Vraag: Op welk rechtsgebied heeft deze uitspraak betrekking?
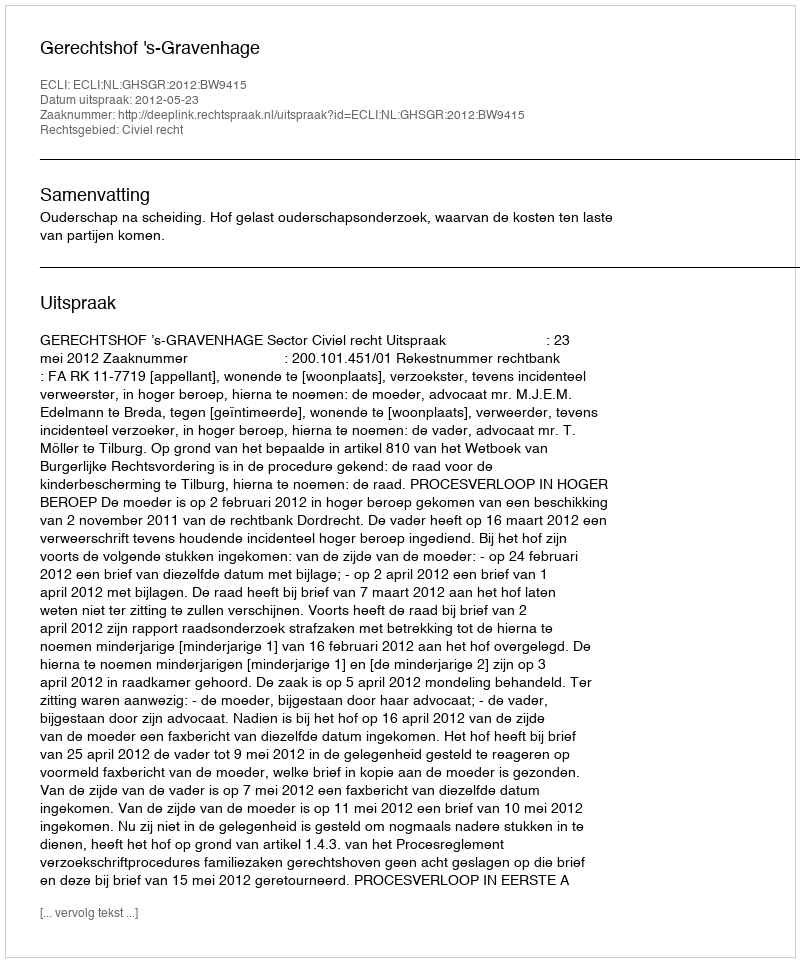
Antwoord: Civiel recht